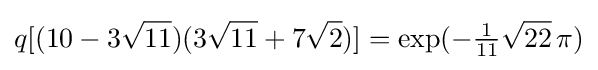
q[(10-3{\sqrt {11}})(3{\sqrt {11}}+7{\sqrt {2}})]=\exp(-{\tfrac {1}{11}}{\sqrt {22}}\,\pi )